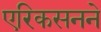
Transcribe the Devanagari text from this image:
एरिकसनने